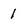
Character: 1